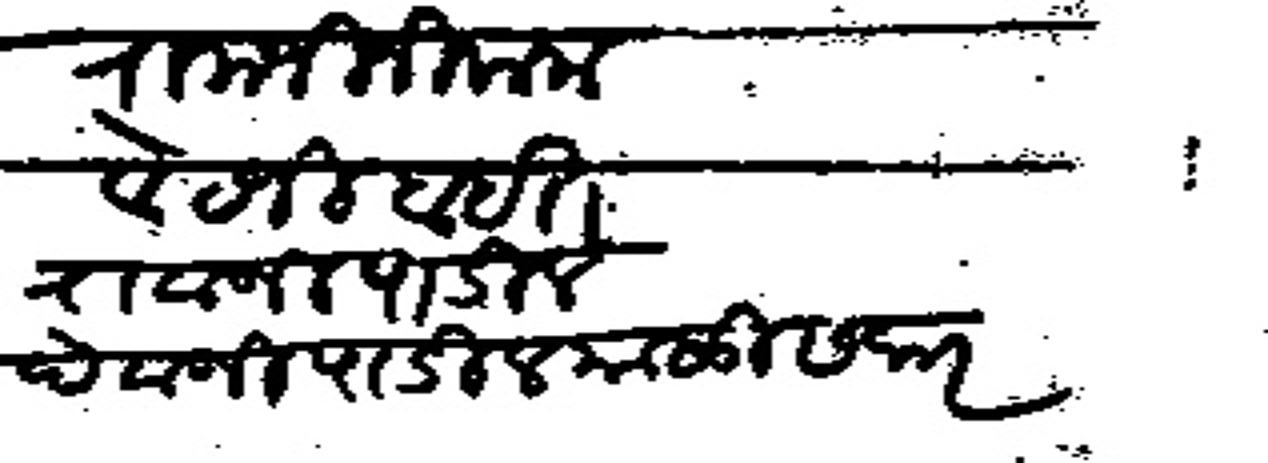
Transliteration (Devanagari): रामाजी निकम वेट जीबाईत रावजी पाटील देवजी पाटील माळी सकर